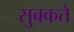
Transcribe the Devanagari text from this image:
सुबकते